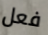
فعل